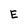
Character: E